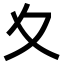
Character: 夊